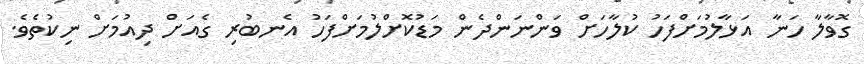
ގޮވާލާ ހަނާ އަޅާލުމަށްފަހު ކުލާހަށް ވަންނަންދެން މަޑުކޮށްލުމަށްފަހު އެނބުރި ގެއަށް ދިއުމަށް ނިކުތެވެ.